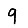
Digit: 9